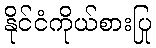
နိုင်ငံကိုယ်စားပြု